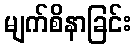
မျက်စိနာခြင်း